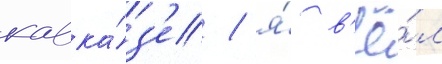
кавка́з'е / я́ в'ё́л